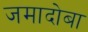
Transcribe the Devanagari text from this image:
जमादोबा